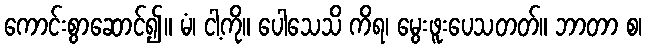
ကောင်းစွာဆောင်၍။ မံ၊ ငါ့ကို။ ပေါသေသိ ကိရ၊ မွေးဖူးပေသတတ်။ ဘာတာ စ၊